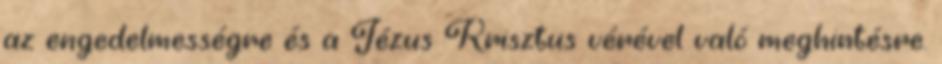
az engedelmességre és a Jézus Krisztus vérével való meghintésre.